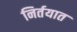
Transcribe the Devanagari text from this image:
निर्तयात